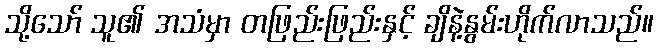
သို့သော် သူ၏ အသံမှာ တဖြည်းဖြည်းနှင့် ချိနဲ့နွမ်းဟိုက်လာသည်။